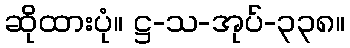
ဆိုထားပုံ။ ဋ္ဌ-သ-အုပ်-၃၃၈။